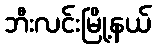
ဘီးလင်းမြို့နယ်